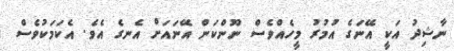
ނާޝިދު އަކީ އޭނަގެ އުމުރު މީހެއްވެސް ނޫންކަން އޭނައަށް އެނގެ އެވެ. އެކަމަކުވެސް